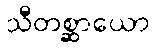
သီတစ္ဆာယော